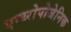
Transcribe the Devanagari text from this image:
एन्थ्‍रोपोजेनिक